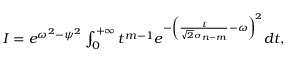
\begin{array} { r } { I = e ^ { \omega ^ { 2 } - \psi ^ { 2 } } \int _ { 0 } ^ { + \infty } t ^ { m - 1 } e ^ { - \left( \frac { t } { \sqrt { 2 } \sigma _ { n - m } } - \omega \right) ^ { 2 } } d t , } \end{array}